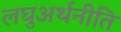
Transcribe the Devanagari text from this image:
लघुअर्थनीति